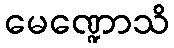
မေဏ္ဍောသိ